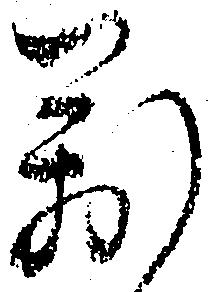
万